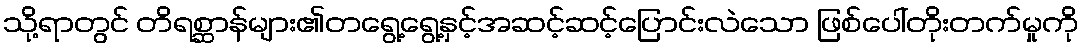
သို့ရာတွင် တိရစ္ဆာန်များ၏တရွေ့ရွေ့နှင့်အဆင့်ဆင့်ပြောင်းလဲသော ဖြစ်ပေါ်တိုးတက်မှုကို